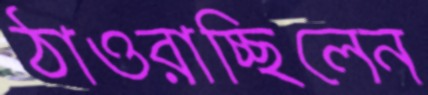
ঠাওরাচ্ছিলেন